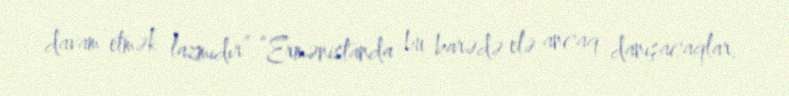
davam etmək lazmıdır”.“Ermənistanda bu barədə elə ancaq danışacaqlar.